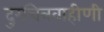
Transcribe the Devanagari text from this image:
दुरचित्रवाहीणी